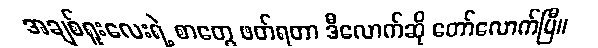
အချစ်ရူးလေးရဲ့ စာတွေ ဖတ်ရတာ ဒီလောက်ဆို တော်လောက်ပြီ။